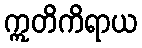
ဣတိကိရာယ